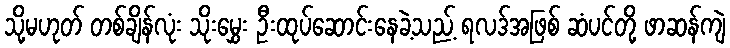
သို့မဟုတ် တစ်ချိန်လုံး သိုးမွှေး ဦးထုပ်ဆောင်းနေခဲ့သည့် ရလဒ်အဖြစ် ဆံပင်တို့ ဖာဆန်ကျဲ